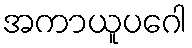
အကာယူပဂေါ